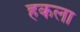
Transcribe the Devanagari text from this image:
हकला